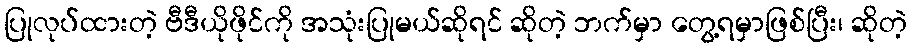
ပြုလုပ်ထားတဲ့ ဗီဒီယိုဖိုင်ကို အသုံးပြုမယ်ဆိုရင် ဆိုတဲ့ ဘက်မှာ တွေ့ရမှာဖြစ်ပြီး၊ ဆိုတဲ့